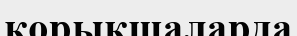
қорықшаларда